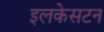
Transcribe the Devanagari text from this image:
इलकेसटन